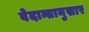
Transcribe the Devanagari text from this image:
वेदान्तानुसार